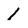
Character: 1